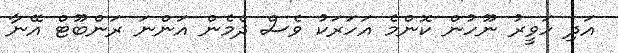
އަދި ހަވީރު ނޫހުން ކޮންމެ އަހަރަކު ވެސް ދެމެން އަންނަ ރަންބޫޓް އޭނާ